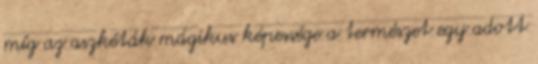
míg az aszkéták mágikus képessége a természet egy adott